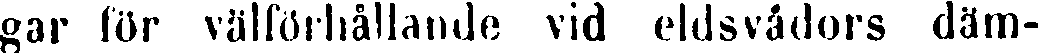
gar för välförhållande vid eldsvådors däm-